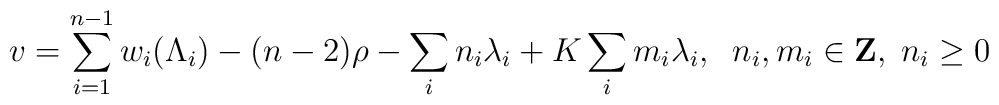
v=\sum_{i=1}^{n-1}w_{i}(\Lambda_{i})-(n-2)\rho-\sum_{i}n_{i}\lambda_{i}+K\sum_{i}m_{i}\lambda_{i},\;\;n_{i},m_{i}\in{\bf Z},\;n_{i}\geq0